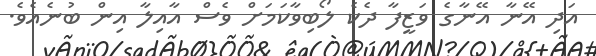
އަދި އޭނާ އޭނާގެ ވަޒީފާ ދެކެ ލޯބިވާކަމަށް ވެސް އާއިލާ އިން ބުނެއެވެ.